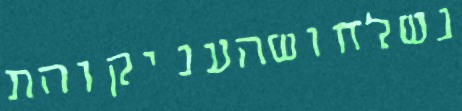
נשלחושהעניקוהת